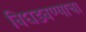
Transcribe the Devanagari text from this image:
बिघडवण्याचा